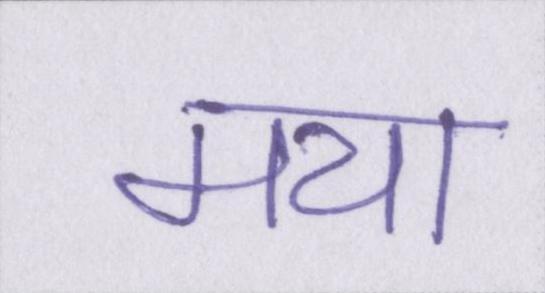
मया